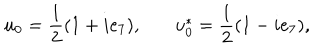
LaTeX: u _ { 0 } = \frac { 1 } { 2 } ( 1 + i e _ { 7 } ) , ~ u _ { 0 } ^ { * } = \frac { 1 } { 2 } ( 1 - i e _ { 7 } ) ,